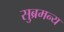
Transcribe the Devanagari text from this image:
सुब्रमन्य